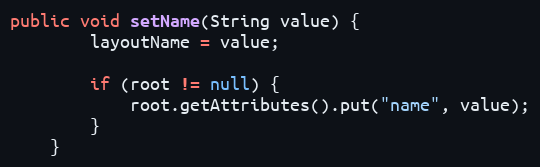
Language: Java
public void setName(String value) {
        layoutName = value;

        if (root != null) {
            root.getAttributes().put("name", value);
        }
    }